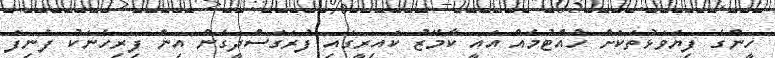
ހީންގެ ފިޔަވަޅުތަކަށް ހުއްޓުމެއް އައީ ކާމޭޒު ކައިރީގައި ފުރަގަސްދީގެން އިން ފިިރިހެނަކު ފެނިފަ